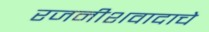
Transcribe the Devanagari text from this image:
रजनीशवादाचे